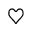
\heartsuit